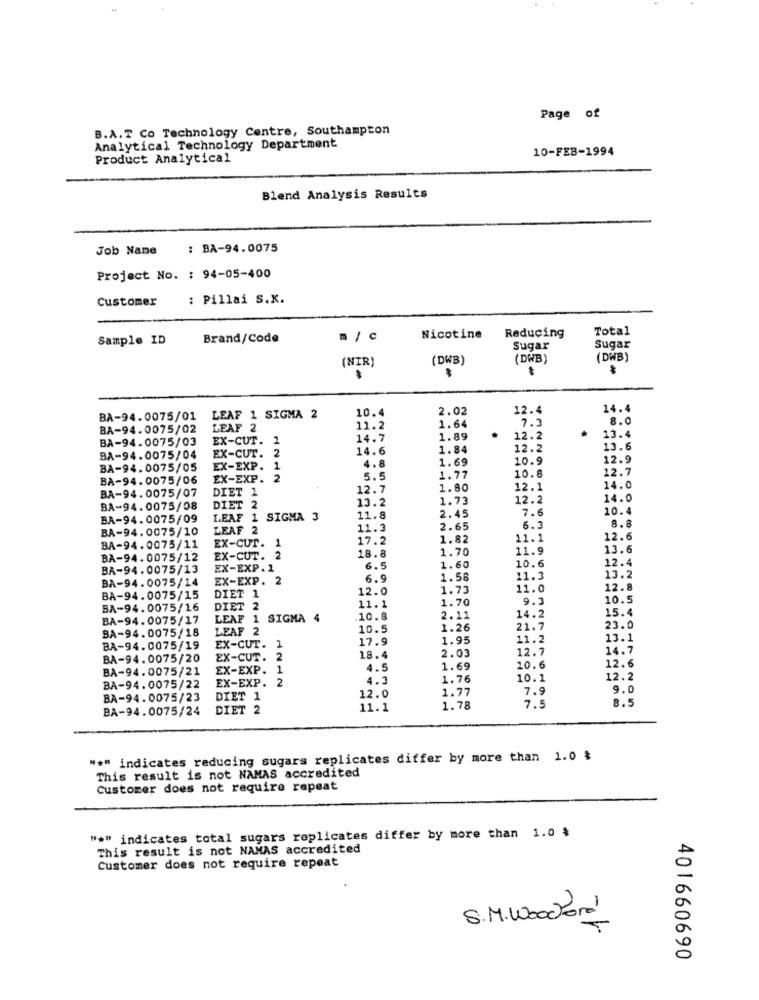
Page of
B.A.T Co Technology Centre, Southampton
Analytical Technology Department
10-FEB-1994
Product Analytical
Blend Analysis Results
Job Name
: BA-94.0075
Project No. : 94-05-400
Customer
: Pillai S.X.
Reducing
Total
Sample ID
Brand/Code
m / C
Nicotine
Sugar
Sugar
(DWB)
(DWB)
(DWB)
(NIR)
10.4
2.02
12.4
14.4
BA-94.0075/01
LEAF 1 SIGMA 2
8.0
BA-94.0075/02
LEAF 2
11.2
1.64
7.3
13.4
BA-94.0075/03
EX-CUT. 1
14.7
1.89
12.2
2
14.6
1.84
12.2
13.6
BA-94.0075/04
EX-CUT.
1.69
10.9
12.9
BA-94.0075/05
EX-EXP. 1
4.8
12.7
BA-94.0075/06
EX-EXP. 2
5.5
1.77
10.8
BA-94.0075/07
12.7
1.80
12.1
14.0
DIET 1
13.2
1.73
12.2
14.0
BA-94.0075/08
DIET 2
7.6
10.4
BA-94.0075/09
LEAF 1 SIGMA 3
11.8
2.45
8.8
BA-94.0075/10
LEAF 2
11.3
2.65
6.3
EX-CUT.
17.2
1.82
11.1
12.6
BA-94.0075/11
1
1.70
11.9
13.6
BA-94.0075/12
EX-CUT. 2
18.8
10.6
12.4
BA-94.0075/13
EX-EXP.1
6.5
1.60
BA-94.0075/14
EX-EXP. 2
6.9
1.58
11.3
13.2
12.0
1.73
11.0
12.8
BA-94.0075/15
DIET 1
1.70
9.1
10.5
BA-94.0075/16
DIET 2
11.1
15.4
BA-94.0075/17
LEAF
SIGMA 4
.10.8
2.11
14.2
BA-94.0075/18
LEAF 2
10.5
1.26
21.7
23.0
17.9
1.95
11.2
13.1
BA-94.0075/19
EX-CUT.
1
2.03
12.7
14.7
BA-94.0075/20
EX-CUT.
2
18.4
BA-94.0075/21
EX-EXP. 1
4.5
1.69
20.6
12.6
4.3
1.76
10.1
12.2
BA-94.0075/22
EX-EXP.
1.77
7.9
9.0
BA-94.0075/23
DIET 1
12.0
8.5
BA-94.0075/24
DIET 2
11.1
1.78
7.5
"#" indicates reducing sugars replicates differ by more than 1.0 $
This result is not NAMAS accredited
Customer does not require repeat
"*" indicates total sugars replicates differ by more than 1.0 $
This result is not NAMAS accredited
Customer does not require repeat
S.M. Woodford
401660690